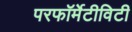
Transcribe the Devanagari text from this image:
परफॉर्मेटीविटी